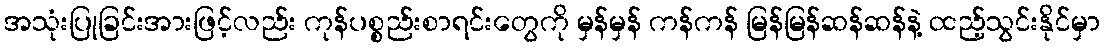
အသုံးပြုခြင်းအားဖြင့်လည်း ကုန်ပစ္စည်းစာရင်းတွေကို မှန်မှန် ကန်ကန် မြန်မြန်ဆန်ဆန်နဲ့ ထည့်သွင်းနိုင်မှာ